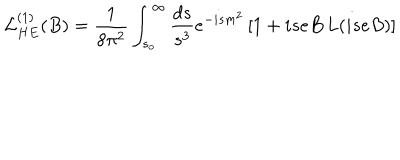
{ \cal L } _ { H E } ^ { ( 1 ) } ( B ) = { \frac { 1 } { 8 \pi ^ { 2 } } } \int _ { s _ { o } } ^ { \infty } { \frac { d s } { s ^ { 3 } } } e ^ { - i s m ^ { 2 } } \, [ 1 + i s e B \, L ( i s e B ) ]